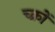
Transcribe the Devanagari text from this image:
च्क्रों